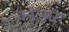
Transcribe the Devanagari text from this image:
कोल्‍सरा